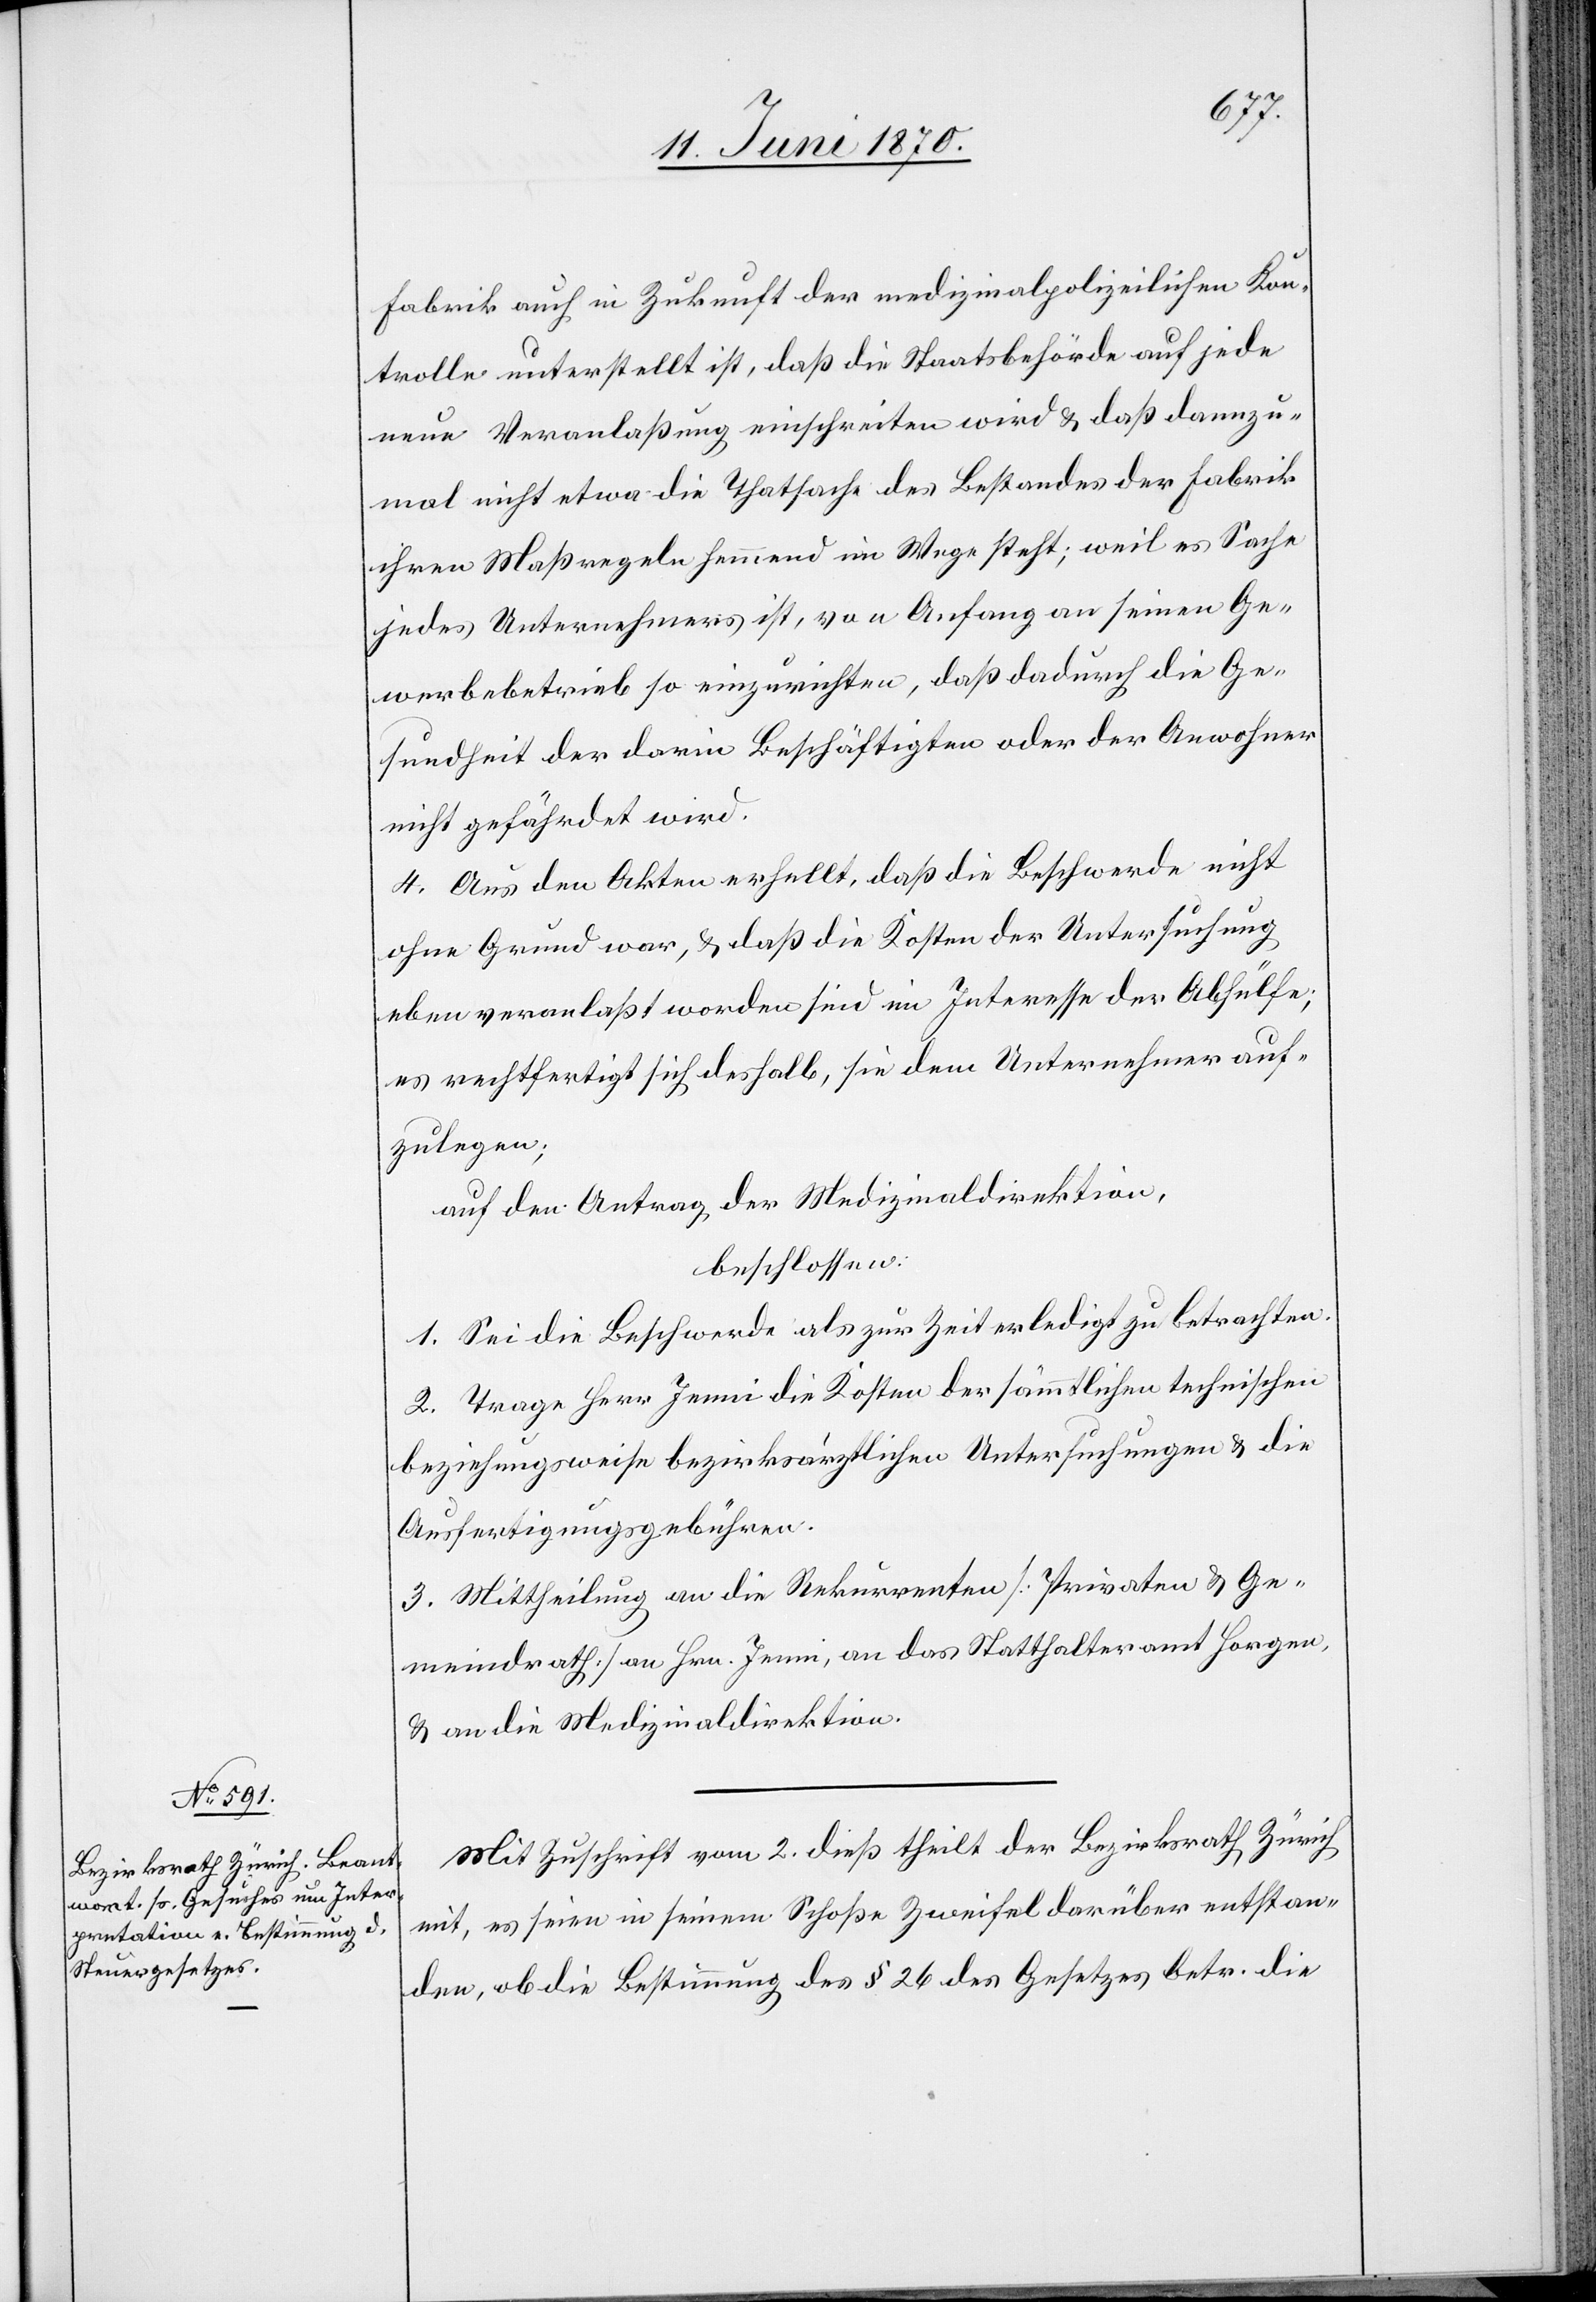
Mit Zuschrift vom 2. dieß theilt der Bezirksrath Zürich
mit, es seien in seinem Schoße Zweifel darüber entstan¬
den, ob die Bestimmung des § 26 des Gesetzes betr. die